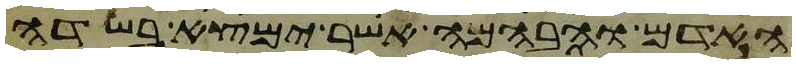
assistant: האדם והבהמה אשר ימצא בשדה